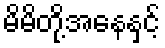
မိမိတို့အနေနှင့်